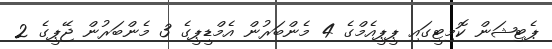
ޕެޓިޝަން ކޮމިޓީގައި ޕީޕީއެމްގެ 4 މެންބަރުން އެމްޑީޕީގެ 3 މެންބަރުން ޖޭޕީގެ 2